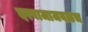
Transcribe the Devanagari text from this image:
दरवाजाजवळच